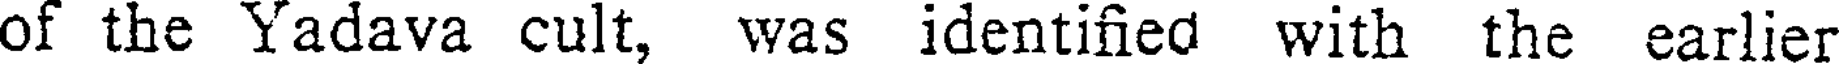
of the Yadava cult, was identified with the earlier